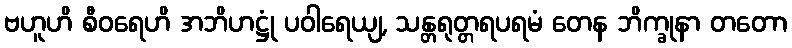
ဗဟူဟိ စီဝရေဟိ အဘိဟဋ္ဌုံ ပဝါရေယျ, သန္တရုတ္တရပရမံ တေန ဘိက္ခုနာ တတော